Lunatic asylums Central Provinces reports 1895-1909 - 1895-1909
Year: 1895
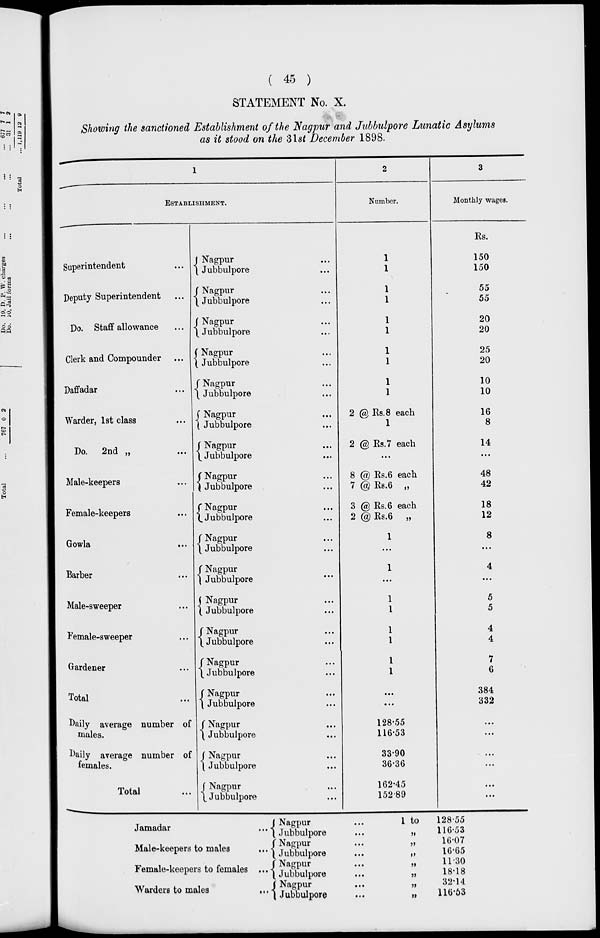
( 45 )
STATEMENT No. X.
Showing the sanctioned Establishment of the Nagpur and Jubbulpore Lunatic Asylums
as it stood on the 31st December 1898.
1
ESTABLISHMENT.
Superintendent ...
Deputy Superintendent ...
Do. Staff allowance ...
Clerk and Compounder ...
Daffadar ...
Warder, 1st class ...
Do. 2nd „ ...
Male-keepers ...
Female-keepers ...
Gowla ...
Barber ...
Male-sweeper ...
Female-sweeper ...
Gardener ...
Total ...
Daily average number of
males.
Daily average number of
females.
Total ...
Nagpur ...
Jubbulpore ...
Nagpur ...
Jubbulpore ...
Nagpur ...
Jubbulpore ...
Nagpur ...
Jubbulpore ...
Nagpur ...
Jubbulpore ...
Nagpur ...
Jubbulpore ...
Nagpur ...
Jubbulpore ...
Nagpur ...
Jubbulpore ...
Nagpur ...
Jubbulpore ...
Nagpur ...
Jubbulpore ...
Nagpur ...
Jubbulpore ...
Nagpur ...
Jubbulpore ...
Nagpur ...
Jubbulpore ...
Nagpur ...
Jubbulpore ...
Nagpur ...
Jubbulpore ...
Nagpur ...
Jubbulpore ...
Nagpur ...
Jubbulpore ...
Nagpur ...
Jubbulpore ...
2
Number.
1
1
1
1
1
1
1
1
1
1
2 @ Rs.8 each
1
2 @ Rs.7 each
...
8 @ Rs.6 each
7 @ Rs.6 „
3 @ Rs.6 each
2 @ Rs.6 „
1
...
1
...
1
1
1
1
1
1
...
...
128.55
116.53
33.90
36.36
162.45
152.89
3
Monthly wages.
Rs.
150
150
55
55
20
20
25
20
10
10
16
8
14
...
48
42
18
12
8
...
4
...
5
5
4
4
7
6
384
332
...
...
...
...
...
...
Jamadar ...
Male-keepers to males ...
Female-keepers to females ...
Warders to males
...
Nagpur ...
Jubbulpore ...
Nagpur ...
Jubbulpore ...
Nagpur ...
Jubbulpore ...
Nagpur ...
Jubbulpore ...
1 to
128.55
„ 116.53
„ 16.07
„ 16.65
„ 11.30
„ 18.18
„ 32.14
„ 116.53